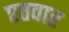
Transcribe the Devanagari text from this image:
एतवार